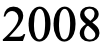
2008